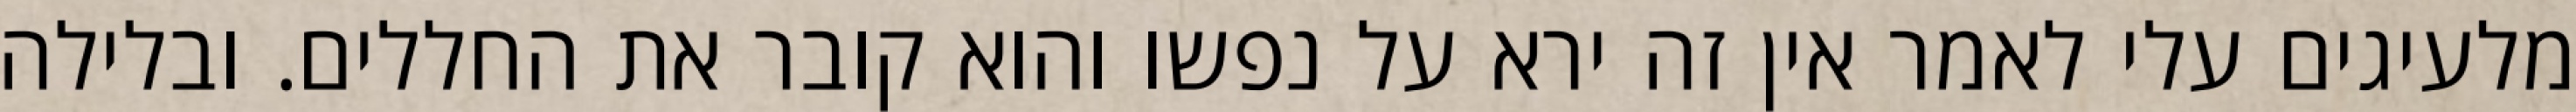
מלעיגים עלי לאמר אין זה ירא על נפשו והוא קובר את החללים. ובלילה